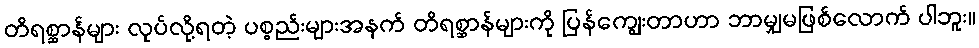
တိရစ္ဆာန်များ လုပ်လို့ရတဲ့ ပစ္စည်းများအနက် တိရစ္ဆာန်များကို ပြန်ကျွေးတာဟာ ဘာမျှမဖြစ်လောက် ပါဘူး။